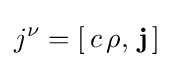
j^{\nu }=\left[\,c\,\rho ,\,\mathbf {j} \,\right]